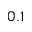
0 . 1